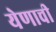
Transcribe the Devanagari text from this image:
येणाची